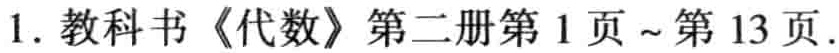
1. 教科书《代数》第二册第1页～第13页.